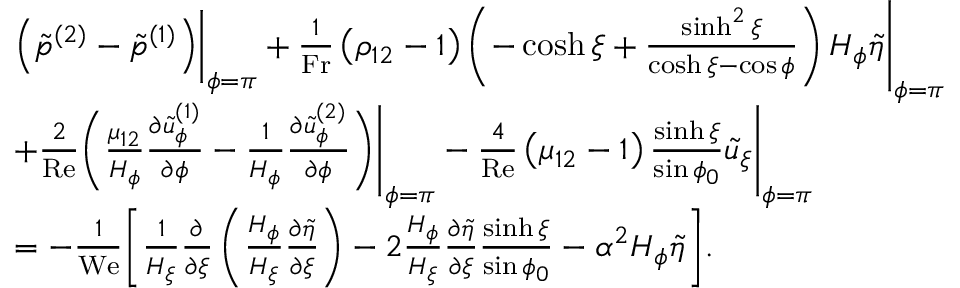
\begin{array} { r l } & { \begin{array} { r l } & { \left( \tilde { p } ^ { ( 2 ) } - \tilde { p } ^ { ( 1 ) } \right) \biggr | _ { \phi = \pi } + \frac { 1 } { \mathrm { F r } } \left( \rho _ { 1 2 } - 1 \right) \left( - \cosh \xi + \frac { \sinh ^ { 2 } \xi } { \cosh \xi - \cos \phi } \right) H _ { \phi } \tilde { \eta } \Biggr | _ { \phi = \pi } } \\ & { + \frac { 2 } { \mathrm { R e } } \biggl ( \frac { \mu _ { 1 2 } } { H _ { \phi } } \frac { \partial \tilde { u } _ { \phi } ^ { ( 1 ) } } { \partial \phi } - \frac { 1 } { H _ { \phi } } \frac { \partial \tilde { u } _ { \phi } ^ { ( 2 ) } } { \partial \phi } \biggr ) \Biggr | _ { \phi = \pi } - \frac { 4 } { \mathrm { R e } } \left( \mu _ { 1 2 } - 1 \right) \frac { \sinh \xi } { \sin \phi _ { 0 } } \tilde { u } _ { \xi } \Biggr | _ { \phi = \pi } } \\ & { = - \frac { 1 } { \mathrm { W e } } \biggl [ \frac { 1 } { H _ { \xi } } \frac { \partial } { \partial \xi } \left( \frac { H _ { \phi } } { H _ { \xi } } \frac { \partial \tilde { \eta } } { \partial \xi } \right) - 2 \frac { H _ { \phi } } { H _ { \xi } } \frac { \partial \tilde { \eta } } { \partial \xi } \frac { \sinh \xi } { \sin \phi _ { 0 } } - \alpha ^ { 2 } H _ { \phi } \tilde { \eta } \biggr ] . } \end{array} } \end{array}